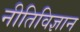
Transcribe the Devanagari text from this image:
नीतिविज्ञान